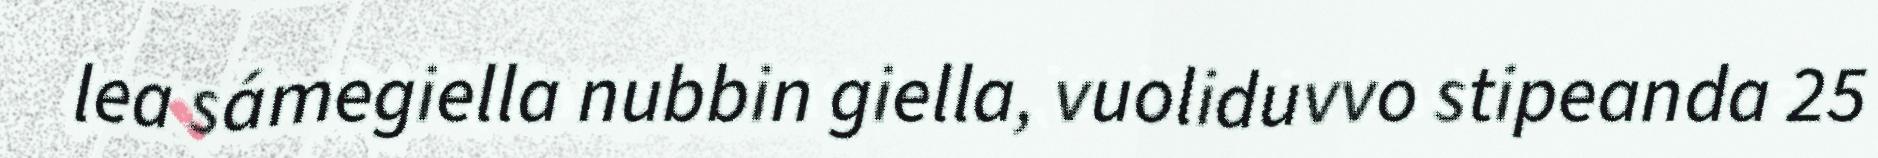
lea sámegiella nubbin giella, vuoliduvvo stipeanda 25